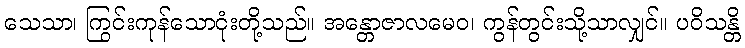
သေသာ၊ ကြွင်းကုန်သောငုံးတို့သည်။ အန္တောဇာလမေဝ၊ ကွန်တွင်းသို့သာလျှင်။ ပဝိသန္တိ